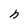
Character: h